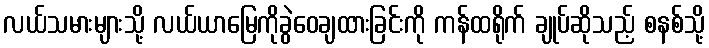
လယ်သမားများသို့ လယ်ယာမြေကိုခွဲဝေချထားခြင်းကို ကန်ထရိုက် ချုပ်ဆိုသည့် စနစ်သို့